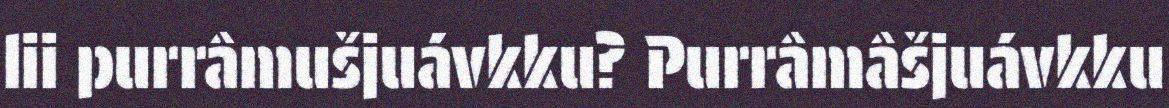
lii purrâmušjuávkku? Purrâmâšjuávkku